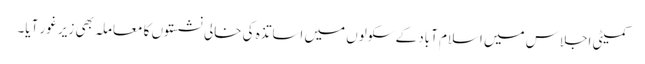
کمیٹی اجلاس میں اسلام آباد کے سکولوں میں اساتذہ کی خالی نشستوں کا معاملہ بھی زیر غور آیا۔